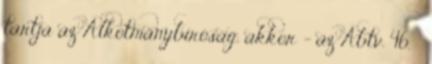
tartja az Alkotmánybíróság, akkor – az Abtv. 46. §